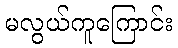
မလွယ်ကူကြောင်း